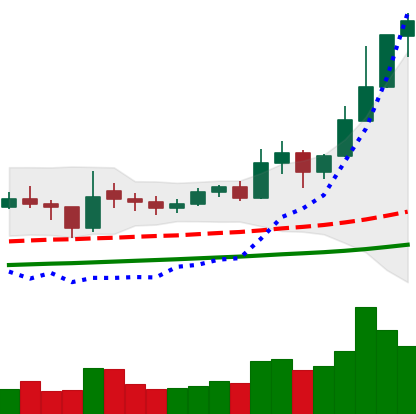
Ticker: ETC-USD
Chart end date: 2021-02-12
Forward return: 26.768%
Label: up_7plus